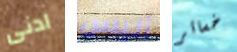
ادنى أليس خسائر